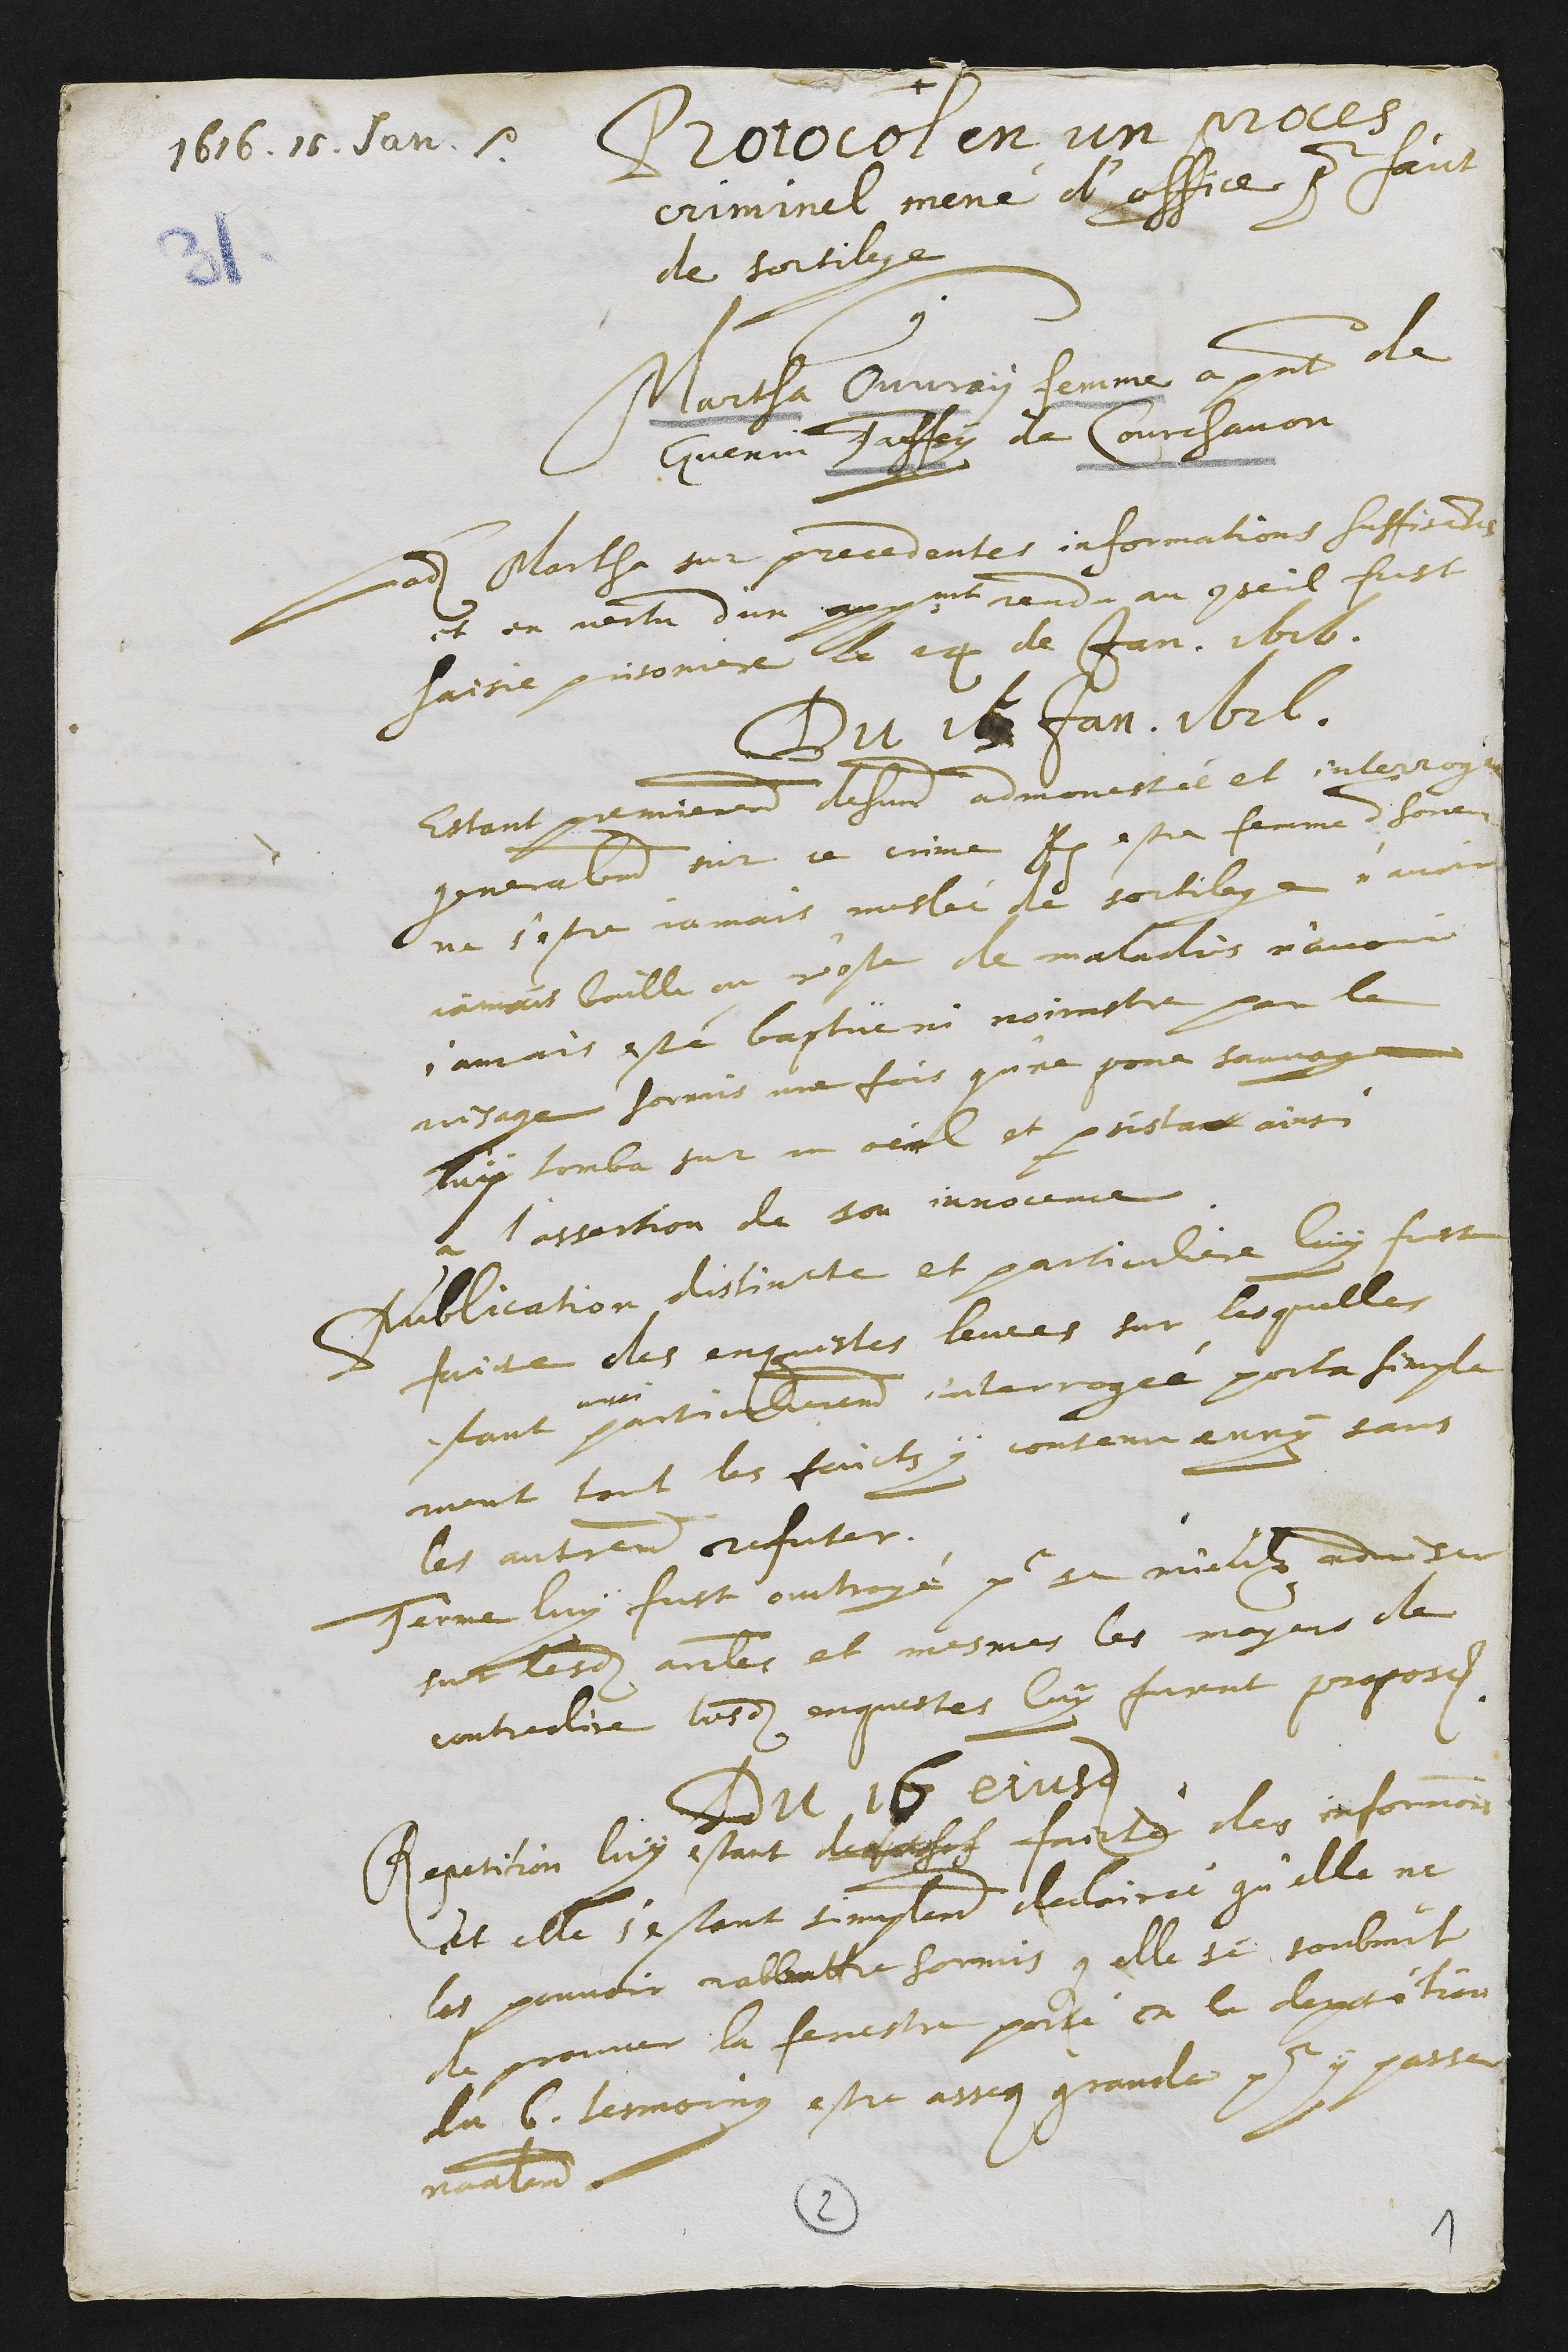
1616.16. Janv. etc
Protocol en un proces
criminel mené d'office pour faict
de sortilege
Martha Ouvray femme a present de
Guenin Faffey de Courchavon
Ladite Martha sur precedentes informations suffisantes
et en vertu d'un appointement rendu au conseil fust
saisie prisoniere le 14 de Janv. 1616.
Du 156 Janv. 1616.
Estant premierement dehuement admonestée et interrogée
generalement sur ce crime Item estre femme d'honeur
ne s'estre jamais meslée de sortilege n'avoir
jamais baille ou r'oste de maladies n'avoir
jamais esté baptuë ni noirastre par le
visage hormis une fois qu'ne poire sauvage
luy tomba sur un oeil et persista ainsi
a l'assertion de son innocence.
Publication distincte et particuliere luy fust
faicte des enquestes levees sur lesquelles
estant
aussi
particulierement interrogée porta simple
ment tout les faicts y contenu enny sans
les autrement refuter.
Terme luy fust ouctroyé pour se mieulx adviser
sur lesdits articles et mesmes les moyens de
contredire lesdites enquestes luy furent proposes.
Du 16 ejusdem
Repetition luy estant derechef faicte des informations
et elle s'estant simplement declairée qu'elle ne
les pouvoir rabbattre hormis que elle se soubmit
de prouver la fenestre porté en la deposition
du 6. tesmoing estre assez grande pour y passer
naturellement.